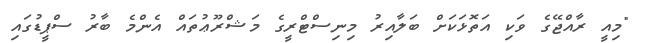
"މިއީ ރާއްޖޭގެ ވަކި އަތޮޅަކަށް ބަލާއިރު މިނިސްޓްރީގެ މަޝްރޫޢުތައް އެންމެ ބާރު ސްޕީޑުގައި